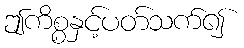
ဤကိစ္စနှင့်ပတ်သက်၍